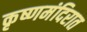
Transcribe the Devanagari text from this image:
कृष्णमंदिरात